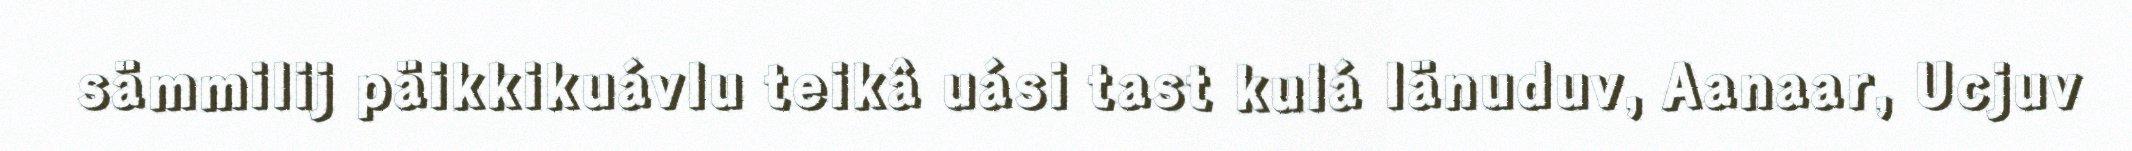
sämmilij päikkikuávlu teikâ uási tast kulá Iänuduv, Aanaar, Ucjuv